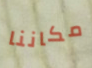
مكاننا